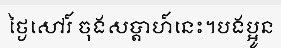
ថ្ងៃសៅរ៍ ចុងសប្តាហ៍នេះ។បងប្អូន